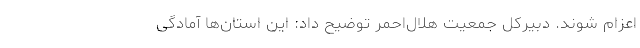
اعزام شوند. دبیرکل جمعیت هلال‌احمر توضیح داد: این استان‌ها آمادگی